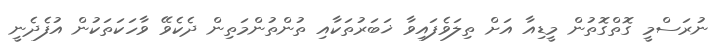
ނުރަސްމީ ގޮތްގޮތުން މީޑިއާ އަށް ތިލަވެފައިވާ ޚަބަރުތަކާއި ތުންތުންމަތިން ދެކެވޭ ވާހަކަތަކުން އުފެދެނީ